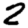
Digit: 2